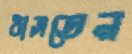
ঠাসতেন